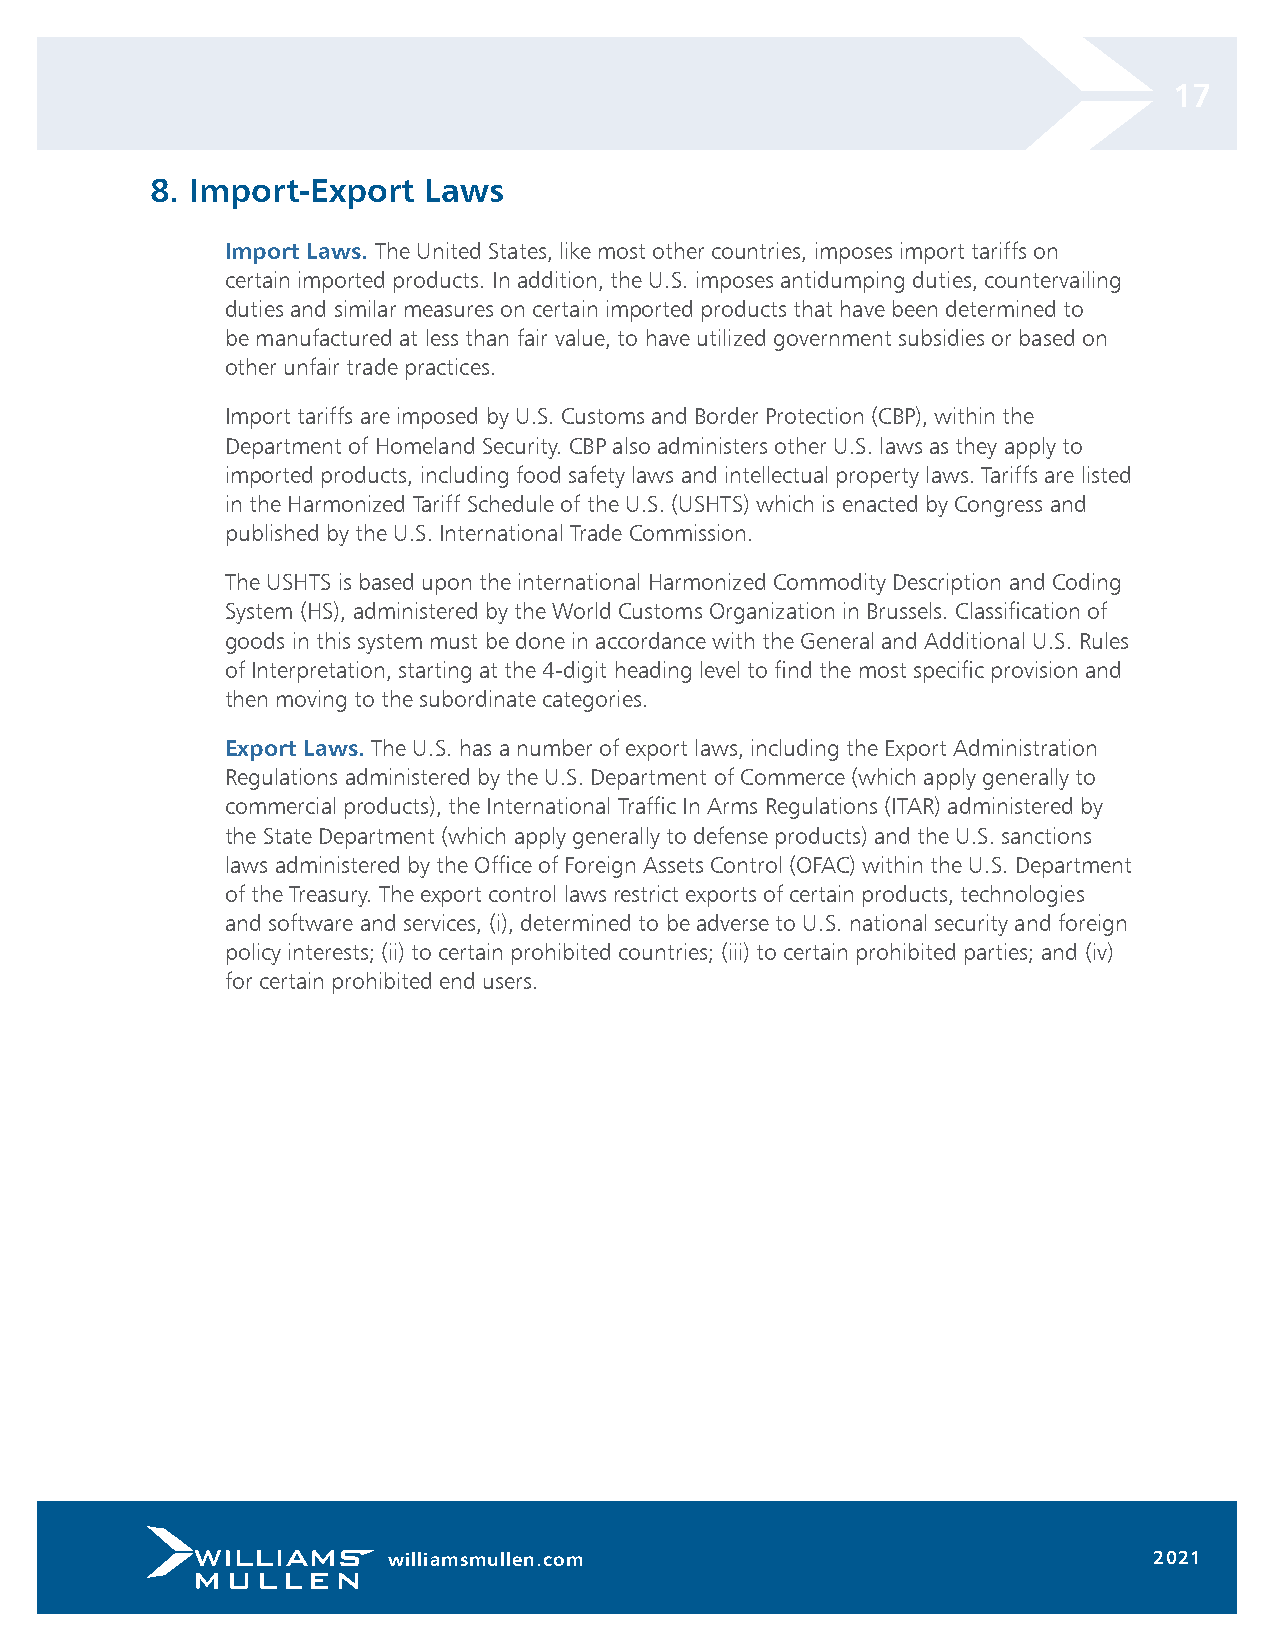
17
 8. Import-Export  Laws
 Import Laws. The United States, like most other countries, imposes import tariffs on
 certain imported products. In addition, the U.S. imposes antidumping duties, countervailing
 duties and similar measures on certain imported products that have been determined to
 be manufactured at less than fair value, to have utilized government subsidies or based on
 other unfair trade practices.
 Import tariffs are imposed by U.S. Customs and Border Protection (CBP), within the
 Department of Homeland Security. CBP also administers other U.S. laws as they apply to
 imported products, including food safety laws and intellectual property laws. Tariffs are listed
 in the Harmonized Tariff Schedule of the U.S. (USHTS) which is enacted by Congress and
 published by the U.S. International Trade Commission.
 The USHTS is based upon the international Harmonized Commodity Description and Coding
 System (HS), administered by the World Customs Organization in Brussels. Classification of
 goods in this system must be done in accordance with the General and Additional U.S. Rules
 of Interpretation, starting at the 4-digit heading level to find the most specific provision and
 then moving to the subordinate categories.
 Export Laws. The U.S. has a number of export laws, including the Export Administration
 Regulations administered by the U.S. Department of Commerce (which apply generally to
 commercial products), the International Traffic In Arms Regulations (ITAR) administered by
 the State Department (which apply generally to defense products) and the U.S. sanctions
 laws administered by the Office of Foreign Assets Control (OFAC) within the U.S. Department
 of the Treasury. The export control laws restrict exports of certain products, technologies
 and software and services, (i), determined to be adverse to U.S. national security and foreign
 policy interests; (ii) to certain prohibited countries; (iii) to certain prohibited parties; and (iv)
 for certain prohibited end users.
 williamsmullen.com                                2021